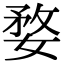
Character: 婺